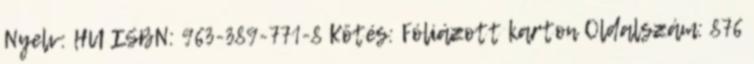
Nyelv: HU ISBN: 963-389-771-8 Kötés: Fóliázott karton Oldalszám: 876